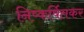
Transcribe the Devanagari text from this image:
निष्कर्षितकर